Annual report of the Punjab Veterinary College and of the Civil Veterinary Department, Punjab - 1926-1932
Year: 1926
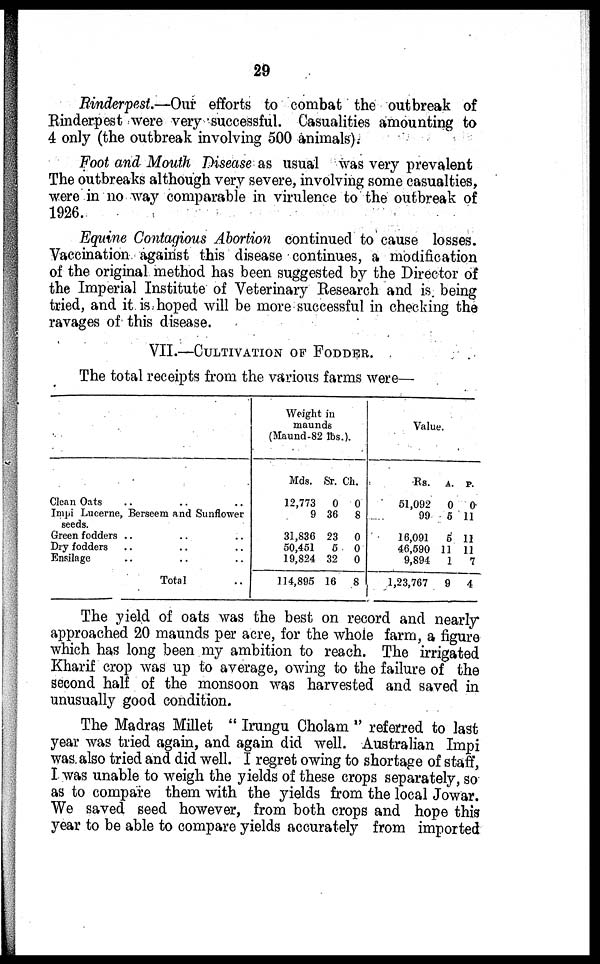
29
Rinderpest.—Our efforts to combat the outbreak of
Rinderpest were very successful. Casualities amounting to
4 only (the outbreak involving 500 animals).
Foot and Mouth Disease as usual was very prevalent
The outbreaks although very severe, involving some casualties,
were in no way comparable in virulence to the outbreak of
1926.
Equine Contagious Abortion continued to cause losses.
Vaccination against this disease continues, a modification
of the original method has been suggested by the Director of
the Imperial Institute of Veterinary Research and is. being
tried, and it is hoped will be more successful in checking the
ravages of this disease.
VII.—CULTIVATION OF FODDER.
The total receipts from the various farms were—
Clean Oats .. .. ..
Impi Lucerne, Berseem and Sunflower
seeds.
Green fodders .. .. ..
Dry fodders .. .. ..
Ensilage .. .. ..
Total ..
Weight in
maunds
(Maund-82 lbs.).
Mds.
12,773
9
31,830
50,451
19,824
114,895
Sr.
0
36
23
5
32
16
Ch.
0
8
0
0
0
8
Value.
Rs.
51,092
99
16,091
46,590
9,894
1,23,767
A.
0
5
5
11
1
9
P.
0
11
11
11
7
4
The yield of oats was the best on record and nearly
approached 20 maunds per acre, for the whole farm, a figure
which has long been my ambition to reach. The irrigated
Kharif crop was up to average, owing to the failure of the
second half of the monsoon was harvested and saved in
unusually good condition.
The Madras Millet " Irungu Cholam " referred to last
year was tried again, and again did well. Australian Impi
was. also tried and did well. I regret owing to shortage of staff,
I was unable to weigh the yields of these crops separately, so
as to compare them with the yields from the local Jowar.
We saved seed however, from both crops and hope this
year to be able to compare yields accurately from imported